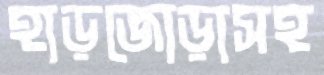
হাড়জোড়াসহ